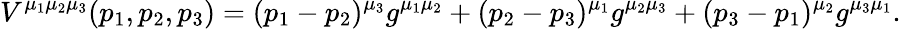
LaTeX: V^{\mu_{1}\mu_{2}\mu_{3}}(p_{1},p_{2},p_{3})=(p_{1}-p_{2})^{\mu_{3}}g^{\mu_{1}\mu_{2}}+(p_{2}-p_{3})^{\mu_{1}}g^{\mu_{2}\mu_{3}}+(p_{3}-p_{1})^{\mu_{2}}g^{\mu_{3}\mu_{1}}.